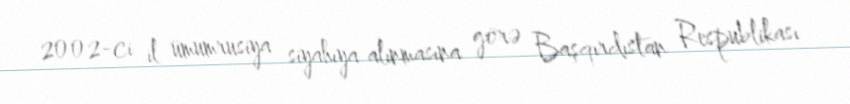
2002-ci il ümumrusiya siyahıya alınmasına görə Başqırdıstan Respublikası